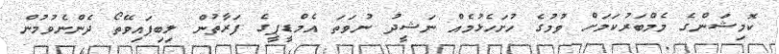
ކޮމިޝަންގެ މެމްބަރުކަމަށް ވުމުގެ ހުށަހެޅުމެއް ނަޝީދު ނުވަތަ އެމްޑީޕީގެ ފަރާތުން ލިބިފައިވޭތޯ ދެންނެވުމުން